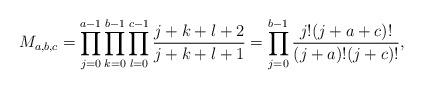
LaTeX: \begin{align*}M_{a,b,c}=\prod_{j=0}^{a-1}\prod_{k=0}^{b-1}\prod_{l=0}^{c-1}\frac{j+k+l+2}{j+k+l+1}=\prod_{j=0}^{b-1}\frac{j!(j+a+c)!}{(j+a)!(j+c)!},\end{align*}